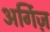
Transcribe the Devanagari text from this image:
अर्गिज़